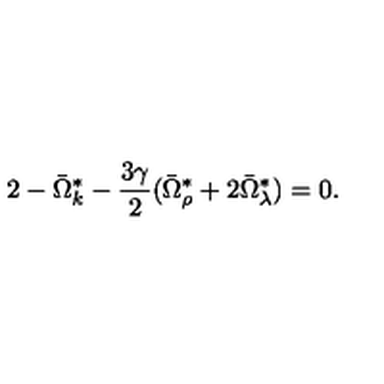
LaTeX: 2 - \bar { \Omega } _ { k } ^ { \ast } - \frac { 3 \gamma } { 2 } ( \bar { \Omega } _ { \rho } ^ { \ast } + 2 \bar { \Omega } _ { \lambda } ^ { \ast } ) = 0 .